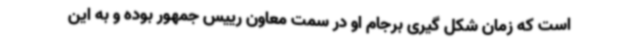
است که زمان شکل گیری برجام او در سمت معاون رییس جمهور بوده و به این